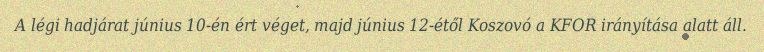
A légi hadjárat június 10-én ért véget, majd június 12-étől Koszovó a KFOR irányítása alatt áll.